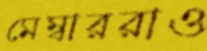
মেম্বাররাও